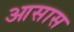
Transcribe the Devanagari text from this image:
आसास